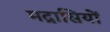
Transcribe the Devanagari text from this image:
मद्रासियों